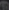
Transcribe